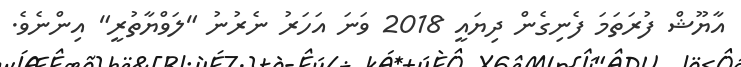
އާޔޫޝް ފުރަތަމަ ފެނިގެން ދިޔައީ 2018 ވަނަ އަހަރު ނެރުނު "ލަވްޔާތުރީ" އިންނެވެ.